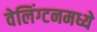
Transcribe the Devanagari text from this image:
वेलिंग्टनमध्ये